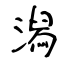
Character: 潟